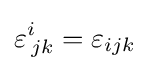
\varepsilon _{\,jk}^{i}=\varepsilon _{ijk}